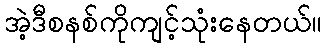
အဲ့ဒီစနစ်ကိုကျင့်သုံးနေတယ်။